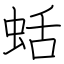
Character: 蛞